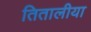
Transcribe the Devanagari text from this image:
तितालीया